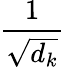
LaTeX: \frac{1}{\sqrt{d_{k}}}